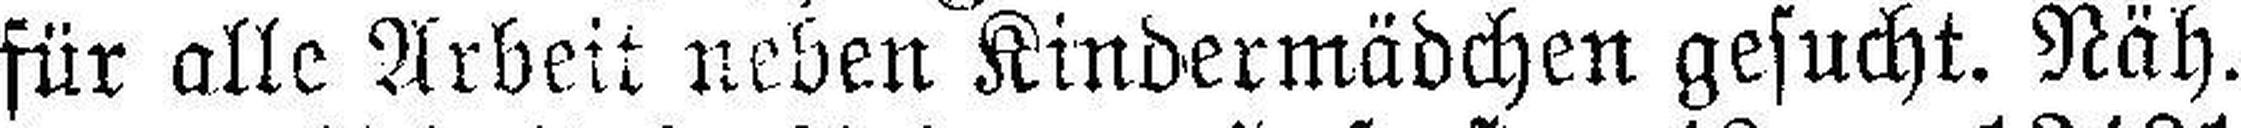
für alle Arbeit neben Kindermädchen gesucht. Näh.